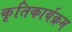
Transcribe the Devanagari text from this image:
कृतिकार्यक्रम